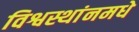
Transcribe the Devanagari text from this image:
विश्वस्थांनमधे